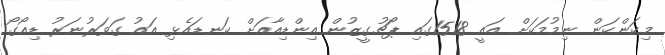
މިކަންކަން ނިމުމަކަށް އައީ 1518ގައި ޕޯޗުގީޒުން އިންޑިއާއަށް ކަނޑައެޅި އައު ގަވަރުނަރު ޑިއޯގޯ